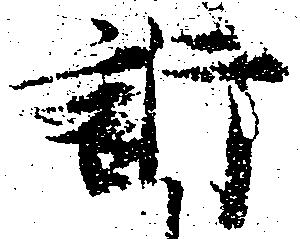
訴